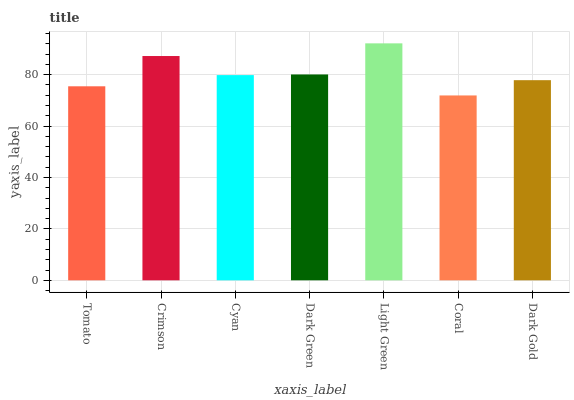
| xaxis_label | bars |
 | --- | --- |
 | Tomato | 75.5 |
 | Crimson | 87.2 |
 | Cyan | 79.8 |
 | Dark Green | 80.1 |
 | Light Green | 92.2 |
 | Coral | 71.9 |
 | Dark Gold | 77.8 |